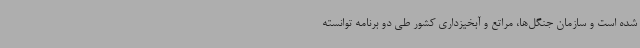
شده است و سازمان جنگل‌ها، مراتع و آبخیزداری کشور طی دو برنامه توانسته